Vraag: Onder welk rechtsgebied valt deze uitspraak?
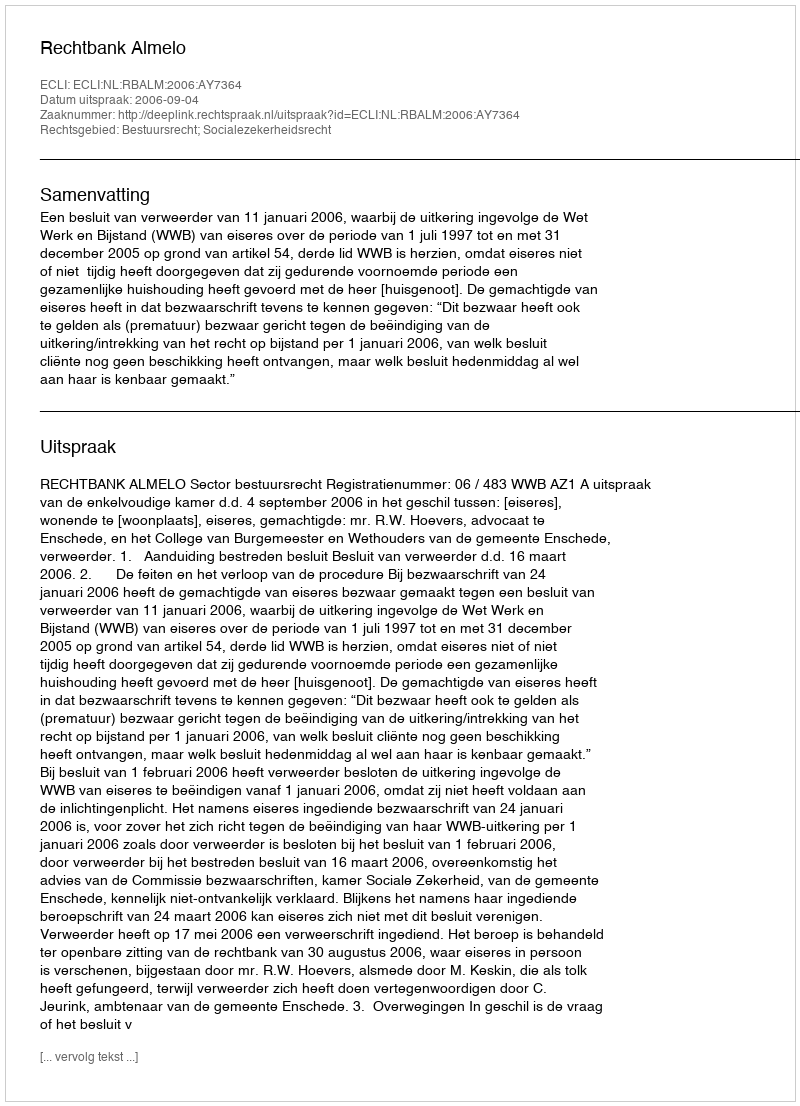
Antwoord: Bestuursrecht; Socialezekerheidsrecht